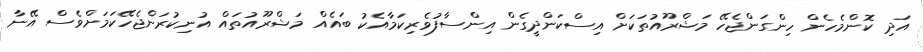
އަދި ކޮންމެހެން ހިންގަންޖެހޭ މަޝްރޫއުތަކަށް އިސްކަންދީގެން އިންސާފުވެރިކަމާއެކު ބައެއް މަޝްރޫއުތައް އުނިކުރަންޖެހޭކަމަށްވެސް އޭނާ